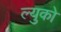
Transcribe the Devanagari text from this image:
ल्युको